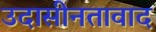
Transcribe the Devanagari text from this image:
उदासीनतावाद